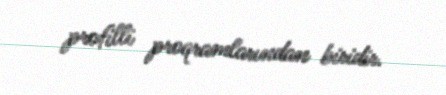
profilli proqramlarından biridir.